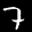
Label: 7